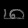
Digit: ၈